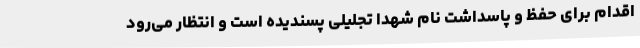
اقدام برای حفظ و پاسداشت نام شهدا تجلیلی پسندیده است و انتظار می‌رود